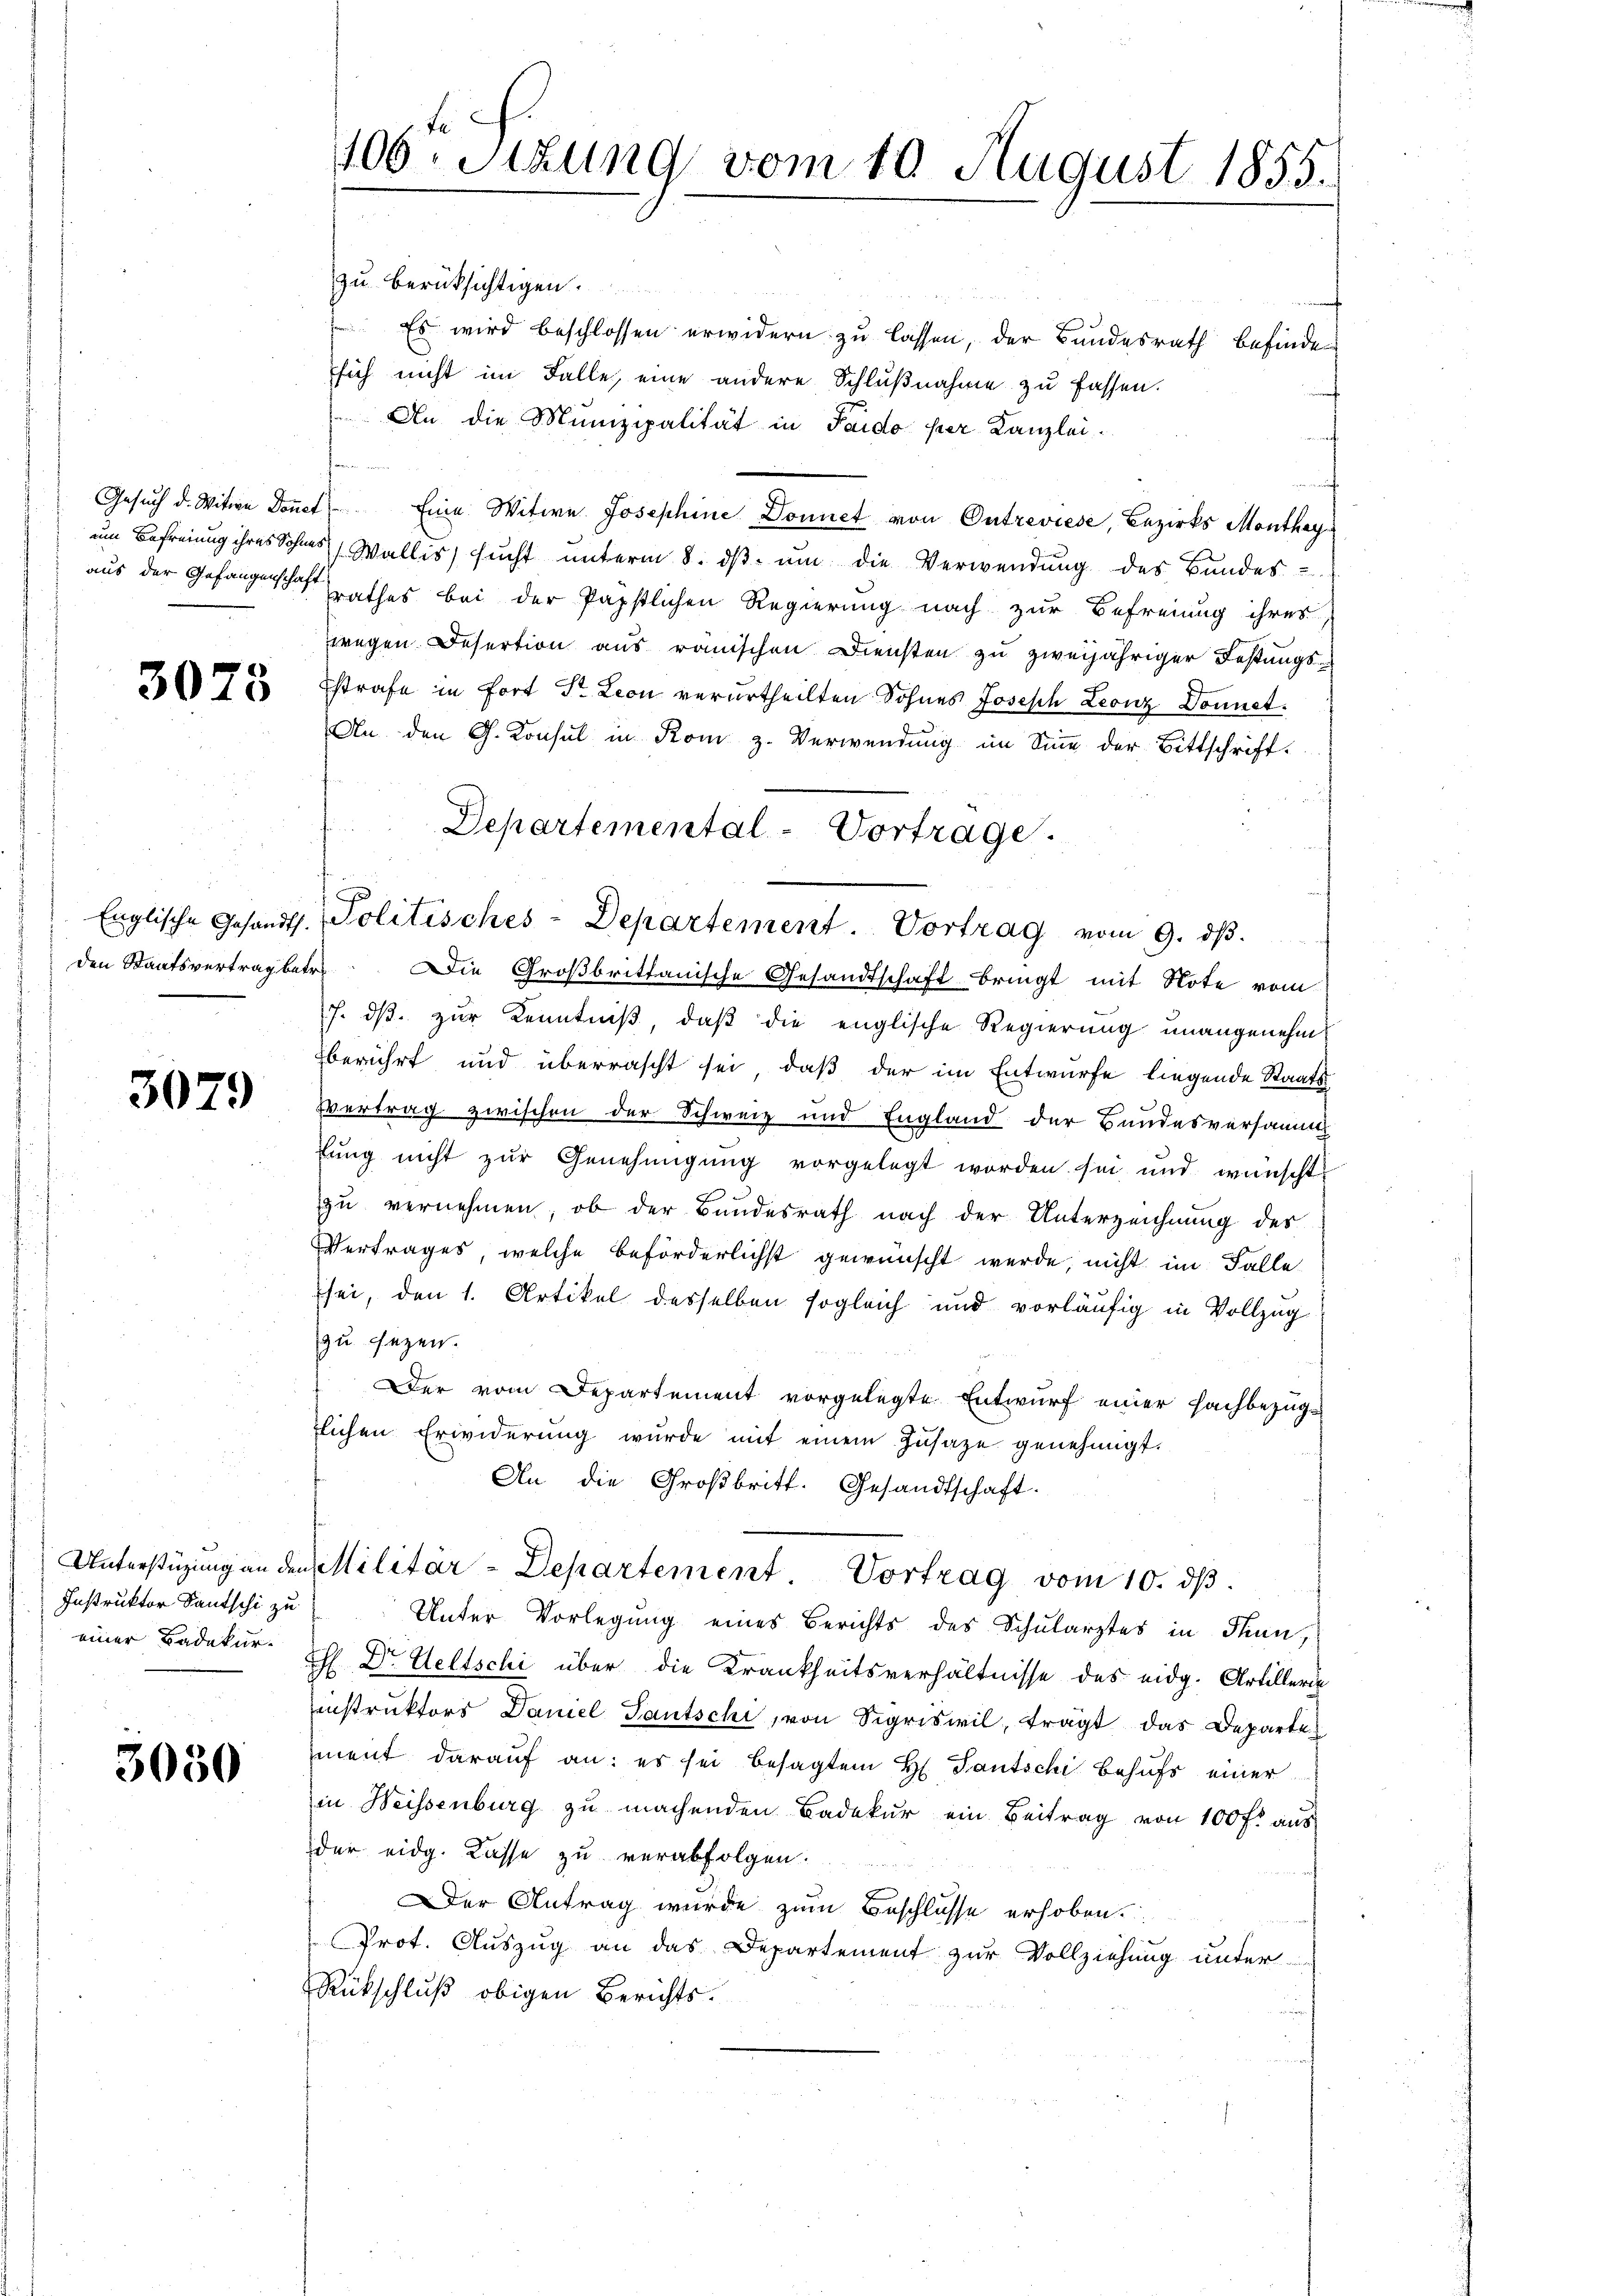
3078

den Staatsvertrag betr.

3079

Instruktor Sautschi zu
einer Badekur¬

3050

406. Sitzung vom 10. August 1855.

zu berücksichtigen
 Es wird beschlossen erwidern zu lassen, der Bundesrath befinde
sich nicht im Falle, eine andere Schlußnahme zu fassen.
 An die Munizipalität in Pardo per Kanzleie
Gesŭch d. Witwe Doṅet. Eine Witwe Josephine Donnet von Entreviese, Bezirks Monthey
um Befreiung ihres Sohnes Wallis sucht unterm 8. dβ ŭm die Verwendung des Bundes-
aus der Gefangenschaft rathes bei der Papstlichen Regierung nach zur Befreiung ihres,
wegen Desertion aus römischen Diensten zu zweijähriger Festungs¬
Estrafe in fort Sr. Leon verurtheilten Sohnes Joseph Leonz Donnet.
An den G. Konsul in Rom z. Verwendung im Sinne der Bittschrift.
Die Großbrittanische Gesandtschaft bringt mit Note vom
7. ds. zur Kenntniß, daß die englische Regierung unangenehm
berührt und überrascht sei, daß der im Entwurfe liegende Staats¬
Vertrag zwischen der Schweiz und England der Bundesversamm
lung nicht zur Genehmigung vorgelegt worden sei und wünscht
zu vernehmen, ob der Bundesrath nach der Unterzeichnung des
Vertrages, welche beförderlichst gewünscht werde, nicht im Falle
sei, den 1. Artikel desselben sogleich und vorläufig in Vollzug
zu sezen.
Der vom Departement vorgelegte Entwurf einer Fachbezüg-
tlichen Erwiderŭng wurde mit einem Zŭsaze genehmigt.
An die Großbritt. Gesandtschaft.
Unterstüzung an den Militär-Departement. Vortrag vom 10. dβ.
Unter Vorlegung eines Berichts des Schularztes in Thun,
Eh Dr Weltschi über die Krankheitsverhältnisse des eidg. Artillerin
instruktors Daniel Gautschi, von Sigriswil, trägt das Departe
iment darauf an: es sei besagtem H. Tantschi behufs einer
in Weissenburg zu machenden Badekur ein Beitrag von 100 f. aus
der eidg. Kasse zu verabfolgen.
Der Antrag wurde zum Beschlüsse erhoben.
Prot. Auszug an das Departement zur Vollziehung unter-
Rückschluß obigen Berichts.

Departemental-Vortrage.
Englische Gesandt. Politisches-Departement Vortrag vom 9. dβ.